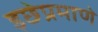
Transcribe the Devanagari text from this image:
इछेप्रमाणे